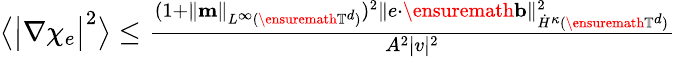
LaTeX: \begin{array}{r}{\bigl\langle\bigl|\nabla\chi_{e}\bigr|^{2}\bigr\rangle\leq\frac{(1+\| \mathbf{m}\| _{L^{\infty}(\ensuremath{\mathbb{T}}^{d})})^{2}\| e\cdot\ensuremath{\mathbf{b}}\| _{\dot{H}^{\kappa}(\ensuremath{\mathbb{T}}^{d})}^{2}}{A^{2}|v|^{2}}}\end{array}